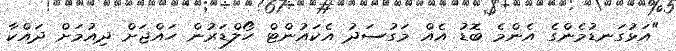
"އަޅުގަނޑުމެންގެ އެންމެ ބޮޑު އެއް މަގުސަދު އެކައުންޓް ހޯލްޑަރުން ހައްޖަށް ދިއުމަށް ދައްކާ